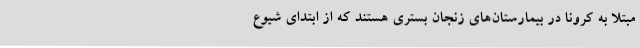
مبتلا به کرونا در بیمارستان‌های زنجان بستری هستند که از ابتدای شیوع